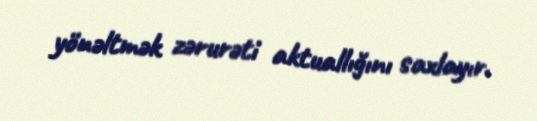
yönəltmək zərurəti aktuallığını saxlayır.